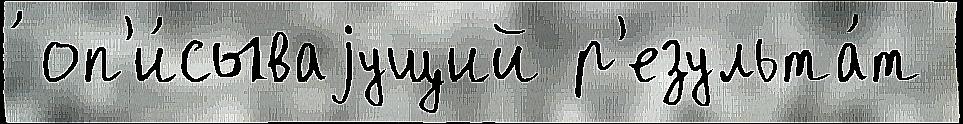
́ оп'и́сываjущий р'езульта́т